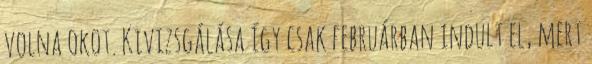
volna okot. Kivizsgálása így csak februárban indult el, mert